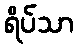
ရိပ်သာ